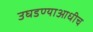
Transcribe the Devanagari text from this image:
उघडण्याआधीच